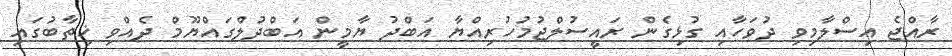
ރާއްޖެ އިސްލާމިވި ދުވަހާއި ގުޅިގެން ރައީސުލްޖުމުހުރިއްޔާ އަބްދު ޔާމީން އަބްދުލްގައްޔޫމް ދެއްވި ޚިތާބުގައި